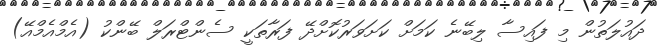
ދައުލަތުން މި ފައިސާ ލިބޭނެ ކަމަށް ކަށަވަރުކޮށްދޭ ފަރާތަކީ ސެންޓްރަލް ބޭންކު (އެމްއެމްއޭ)